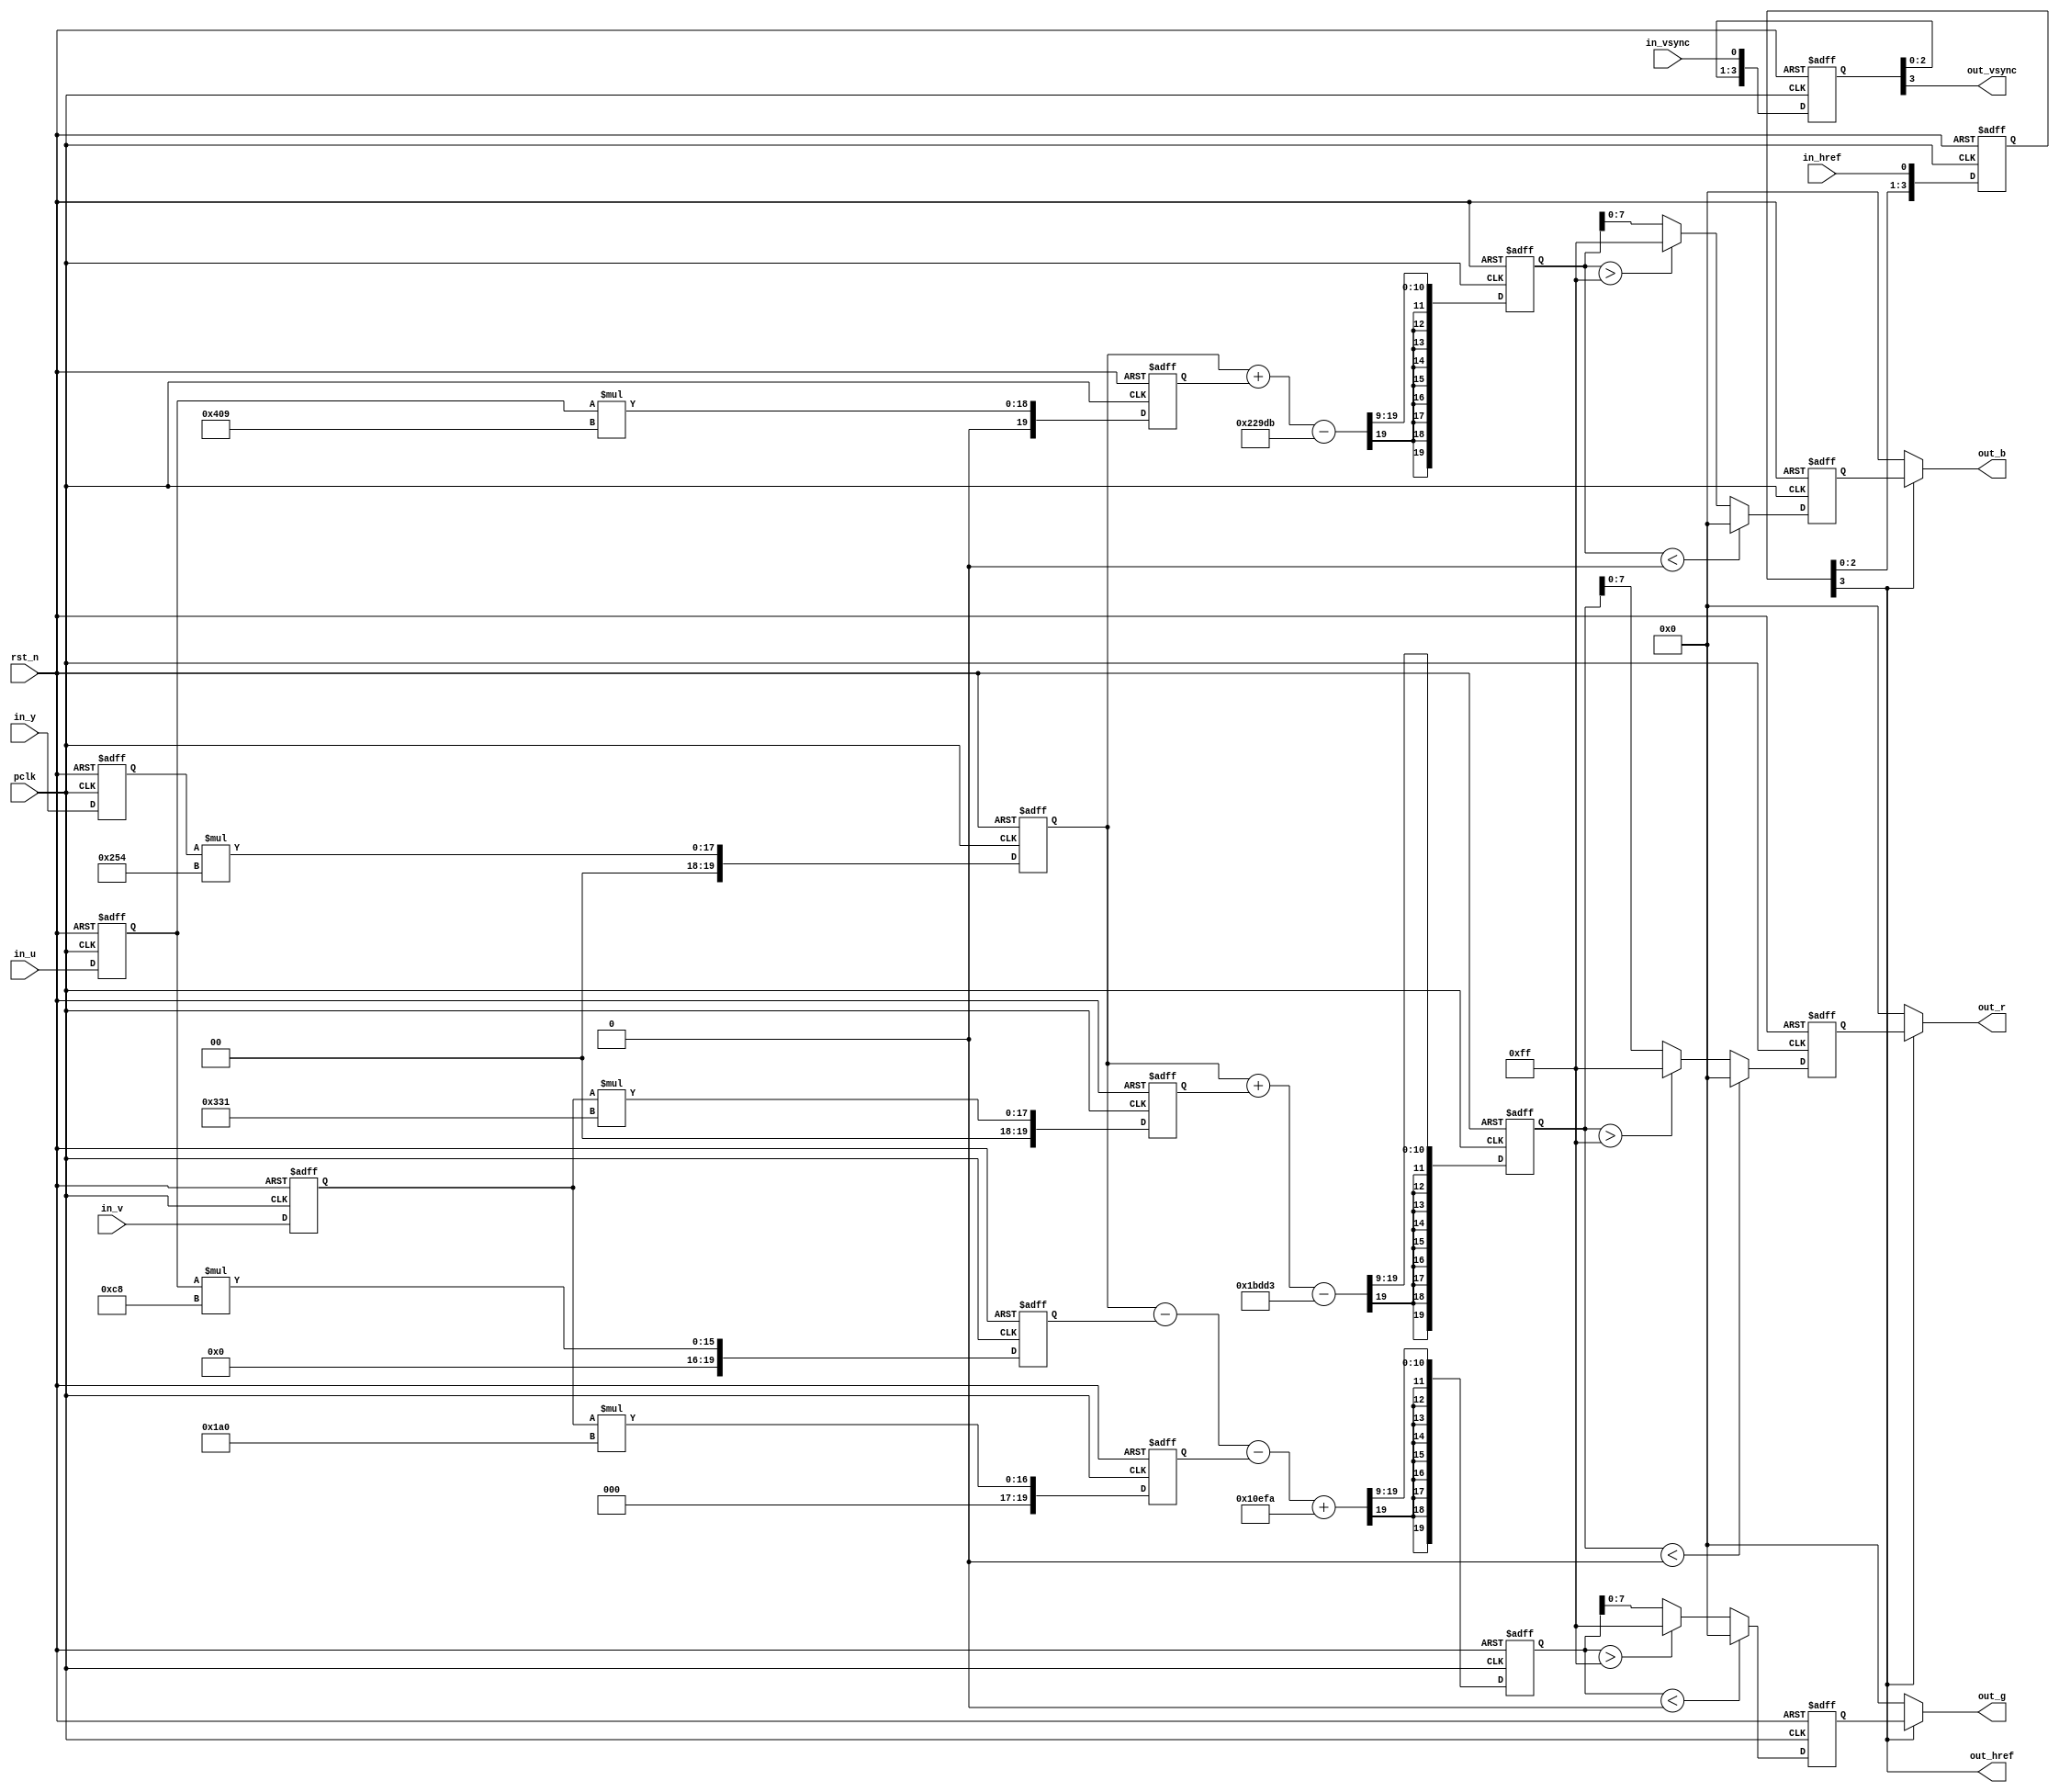
/*************************************************************************
    > File Name: vip_yuv2rgb.v
    > Author: bxq
    > Mail: 544177215@qq.com
    > Created Time: Thu 21 Jan 2021 21:50:04 GMT
 ************************************************************************/
`timescale 1 ns / 1 ps

/*
 * VIP - YUV convert RGB
 * BUG not support 10bit
 */

module vip_yuv2rgb
#(
	parameter BITS = 8,
	parameter WIDTH = 1280,
	parameter HEIGHT = 960
)
(
	input pclk,
	input rst_n,

	input in_href,
	input in_vsync,
	input [BITS-1:0] in_y,
	input [BITS-1:0] in_u,
	input [BITS-1:0] in_v,

	output out_href,
	output out_vsync,
	output [BITS-1:0] out_r,
	output [BITS-1:0] out_g,
	output [BITS-1:0] out_b
);

	reg	signed [BITS-1:0]	in_y_reg;
	reg	signed [BITS-1:0]	in_u_reg; 
	reg	signed [BITS-1:0]	in_v_reg;
	always @ (posedge pclk or negedge rst_n) begin
		if(!rst_n) begin
			in_y_reg <= 0;
			in_u_reg <= 0;
			in_v_reg <= 0;
		end
		else begin
			in_y_reg <= in_y;
			in_u_reg <= in_u;
			in_v_reg <=	in_v;
		end
	end

	//--------------------------------------------
	/*********************************************
		R = 1.164(Y-16) + 1.596(Cr-128)
		G = 1.164(Y-16) - 0.391(Cb-128) - 0.813(Cr-128)
		B = 1.164(Y-16) + 2.018(Cb-128)
		->
		R = 1.164Y + 1.596Cr - 222.912
		G = 1.164Y - 0.391Cb - 0.813Cr + 135.488
		B = 1.164Y + 2.018Cb - 276.928
		->
		R << 9 = 596Y				+ 	817Cr	-	114131
		G << 9 = 596Y	-	200Cb	-	416Cr	+	69370
		B << 9 = 596Y	+	1033Cb				-	141787
	**********************************************/
	reg	signed [BITS-1+12:0]	img_Y_r1; 				//8 + 9 + 1 = 18Bit
	reg	signed [BITS-1+12:0]	img_Cb_r1, img_Cb_r2; 
	reg	signed [BITS-1+12:0]	img_Cr_r1, img_Cr_r2;
	always @ (posedge pclk or negedge rst_n) begin
		if(!rst_n) begin
			img_Y_r1 <= 0;
			img_Cb_r1 <= 0;	img_Cb_r2 <= 0;	
			img_Cr_r1 <= 0; img_Cr_r2 <= 0;
		end
		else begin
			img_Y_r1	<= 	in_y_reg * 12'd596;
			img_Cb_r1 	<= 	in_u_reg * 12'd200;	
			img_Cb_r2	<=	in_u_reg * 12'd1033;	
			img_Cr_r1 	<= 	in_v_reg * 12'd817;	
			img_Cr_r2	<=	in_v_reg * 12'd416;
		end
	end

	//--------------------------------------------
	/**********************************************
		R << 9 = 596Y				+ 	817Cr	-	114131
		G << 9 = 596Y	-	200Cb	-	416Cr	+	69370
		B << 9 = 596Y	+	1033Cb				-	141787
	**********************************************/
	reg	signed [BITS-1+12:0]	XOUT; 	
	reg	signed [BITS-1+12:0]	YOUT; 
	reg	signed [BITS-1+12:0]	ZOUT;
	always @ (posedge pclk or negedge rst_n) begin
		if(!rst_n) begin
			XOUT <= 0; 	
			YOUT <= 0; 
			ZOUT <= 0;
		end
		else begin
			XOUT <= (img_Y_r1 + img_Cr_r1 - (19'sd114131<<(BITS-8)))>>>9; 	
			YOUT <= (img_Y_r1 - img_Cb_r1 - img_Cr_r2 + (19'sd69370<<(BITS-8)))>>>9; 
			ZOUT <= (img_Y_r1 + img_Cb_r2 - (19'sd141787<<(BITS-8)))>>>9;
		end
	end

	//------------------------------------------
	//Divide 512 and get the result
	//{xx[19:11], xx[10:0]}
	reg	[BITS-1:0]	R, G, B;
	always @ (posedge pclk or negedge rst_n) begin
		if(!rst_n) begin
			R <= 0;
			G <= 0;
			B <= 0;
		end
		else begin
			R <= XOUT < 4'sd0 ? {BITS{1'b0}} : (XOUT > {BITS{1'b1}}) ? {BITS{1'b1}} : XOUT[BITS-1:0];
			G <= YOUT < 4'sd0 ? {BITS{1'b0}} : (YOUT > {BITS{1'b1}}) ? {BITS{1'b1}} : YOUT[BITS-1:0];
			B <= ZOUT < 4'sd0 ? {BITS{1'b0}} : (ZOUT > {BITS{1'b1}}) ? {BITS{1'b1}} : ZOUT[BITS-1:0];
		end
	end

	//------------------------------------------
	//lag n clocks signal sync  	 
	reg	[3:0]	vsync_r;
	reg	[3:0]	href_r;
	always @ (posedge pclk or negedge rst_n) begin
		if(!rst_n) begin
			vsync_r <= 0;
			href_r <= 0;
		end
		else begin
			vsync_r <= {vsync_r[2:0], in_vsync};
			href_r <= {href_r[2:0], in_href};
		end
	end

	assign out_vsync = vsync_r[3];
	assign out_href = href_r[3];
	assign out_r = out_href ? R : {BITS{1'b0}};
	assign out_g = out_href ? G : {BITS{1'b0}};
	assign out_b = out_href ? B : {BITS{1'b0}};
endmodule